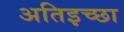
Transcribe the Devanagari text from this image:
अतिइच्छा